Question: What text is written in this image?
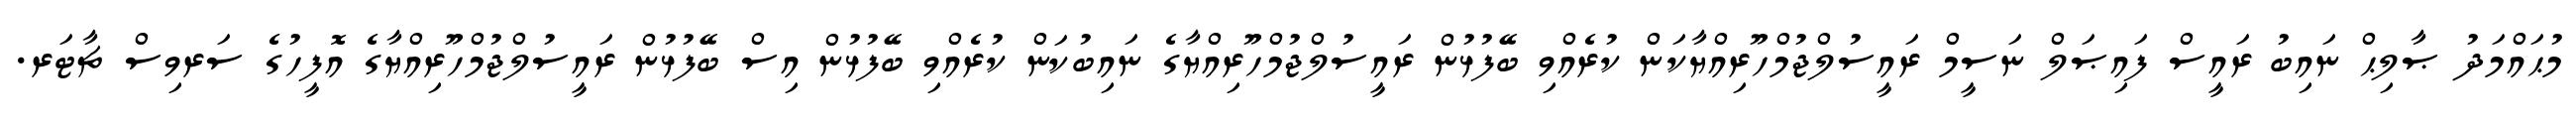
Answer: މުޙައްމަދު ޞާލިޙް ނައިބު ރައީސް ފައިޞަލް ނަސީމް ރައީސުލްޖުމްހޫރިއްޔާކަން ކުރެއްވި ބޭފުޅުން ރައީސުލްޖުމްހޫރިއްޔާގެ ނައިބުކަން ކުރެއްވި ބޭފުޅުން އިސް ބޭފުޅުން ރައީސުލްޖުމްހޫރިއްޔާގެ އޮފީހުގެ ސަރވިސް ޗާޓަރ.